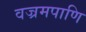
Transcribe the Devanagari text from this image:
वज्रमपाणि